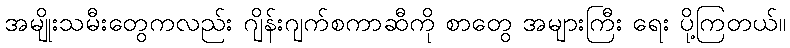
အမျိုးသမီးတွေကလည်း ဂျိန်းဂျက်စကာဆီကို စာတွေ အများကြီး ရေး ပို့ကြတယ်။